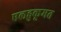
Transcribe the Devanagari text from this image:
एलहुकूमत